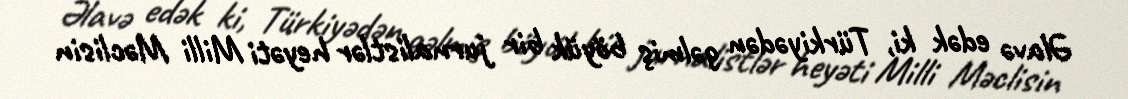
Əlavə edək ki, Türkiyədən gəlmiş böyük bir jurnalistlər heyəti Milli Məclisin